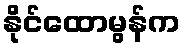
နိုင်ထောမွန်က